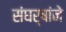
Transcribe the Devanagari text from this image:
संघर्षांने